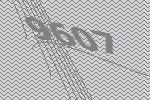
9607